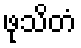
ဖုသိတံ